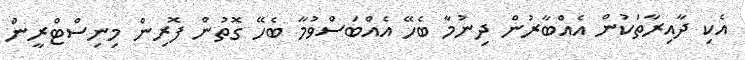
އެކި ދާއިރާތަކުން އެއްބާރުން ދިނުމާ ބެހޭ އެއްބަސްވުމާ ބެހޭ ގޮތުން ފޮރިން މިނިސްޓްރީން